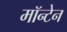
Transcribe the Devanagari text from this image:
मॉन्टेन